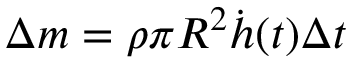
\Delta m = \rho \pi R ^ { 2 } \dot { h } ( t ) \Delta t